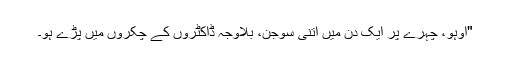
"اوہو، چہرے پر ایک دن میں اتنی سوجن، بلاوجہ ڈاکٹروں کے چکروں میں پڑے ہو۔